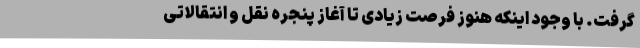
گرفت. با وجود اینکه هنوز فرصت زیادی تا آغاز پنجره نقل و انتقالاتی